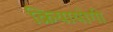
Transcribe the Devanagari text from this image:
क्रियायोगी